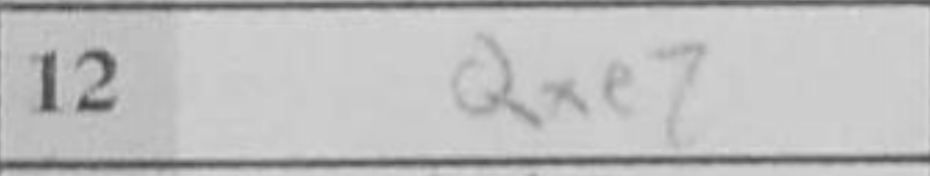
Transcription: Qxe7